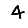
Digit: 4